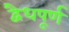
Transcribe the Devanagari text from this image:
द्वैधपूर्ण